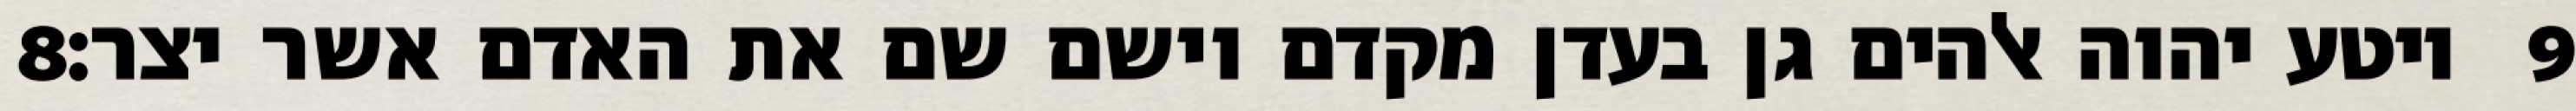
‎8‏ ויטע יהוה אלהים גן בעדן מקדם וישם שם את האדם אשר יצר׃ ‎9‏